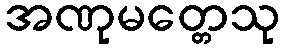
အဏုမတ္တေသု